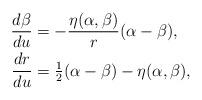
LaTeX: \begin{align*} \frac{d\beta}{du}&=-\frac{\eta(\alpha,\beta)}{r}(\alpha-\beta),\\ \frac{dr}{du}&=\tfrac{1}{2}(\alpha-\beta)-\eta(\alpha,\beta), \end{align*}